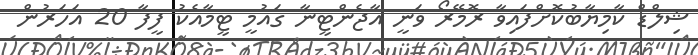
ޝިލްޑް ކާމިޔާބުކޮށްފައިވާ ރޮމޭރޯ ވަނީ އާޖެންޓީނާ ގައުމީ ޓީމާއެކު ފީފާ 20 އަހަރުން